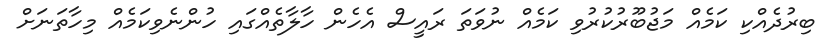
ބިރުދެއްކި ކަމެއް މަޖުބޫރުކުރުވި ކަމެއް ނުވަތަ ރައީސް އެހެން ހާލާތެއްގައި ހުންނެވިކަމެއް މިހާތަނަށް